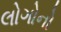
લોગોનો